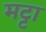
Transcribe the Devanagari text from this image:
मट्टा